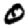
Digit: 0